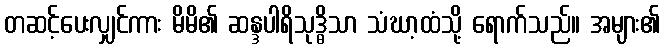
တဆင့်ပေးလျှင်ကား မိမိ၏ ဆန္ဒပါရိသုဒ္ဓိသာ သံဃာ့ထံသို့ ရောက်သည်။ အများ၏